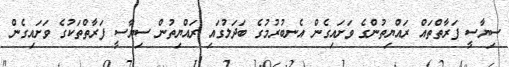
ސިޔާސީ ފަރާތްތައް ރައްޔިތުންގެ ވަށައިގެން އެނބުރުމުގެ ބަދަލުގައި ރައްޔިތުން ސިޔާސީ ފަރާތްތަކުގެ ވަށައިގެން